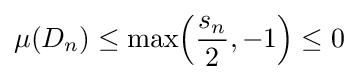
\mu (D_{n})\leq \max \!\left({\frac {s_{n}}{2}},-1\right)\leq 0